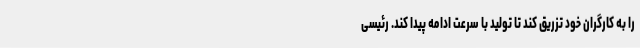
را به کارگران خود تزریق کند تا تولید با سرعت ادامه پیدا کند. رئیسی